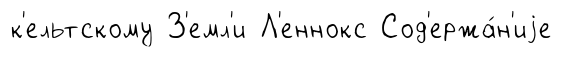
к'ельтскому З'емл'и Л'еннокс Сод'ержа́н'иjе